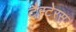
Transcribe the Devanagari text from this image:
टैरटेरस